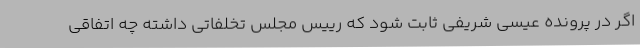
اگر در پرونده عیسی شریفی ثابت شود که رییس مجلس تخلفاتی داشته چه اتفاقی